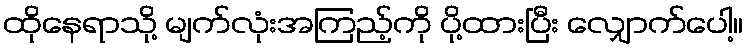
ထိုနေရာသို့ မျက်လုံးအကြည့်ကို ပို့ထားပြီး လျှောက်ပေါ့။